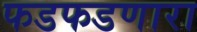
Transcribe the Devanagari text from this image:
फडफडणारा